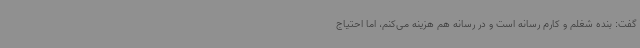
گفت: بنده شغلم و کارم رسانه است و در رسانه هم هزینه می‌کنم، اما احتیاج